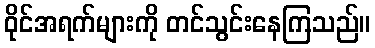
ဝိုင်အရက်များကို တင်သွင်းနေကြသည်။